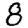
Digit: 8